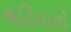
ચડિયાતો